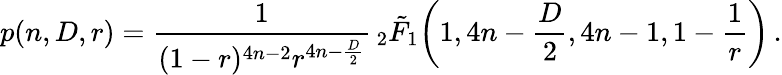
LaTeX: p(n,D,r)=\frac{1}{(1-r)^{4n-2}r^{4n-\frac{D}{2}}}\, _{2}\tilde{F}_{1}\bigg(1,4n-\frac{D}{2},4n-1,1-\frac{1}{r}\bigg)\, .